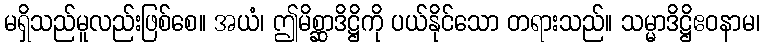
မရှိသည်မူလည်းဖြစ်စေ။ အယံ၊ ဤမိစ္ဆာဒိဋ္ဌိကို ပယ်နိုင်သော တရားသည်။ သမ္မာဒိဋ္ဌိဧဝနာမ၊